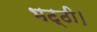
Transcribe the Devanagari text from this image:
भट्ठी।